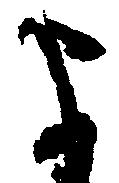
よ